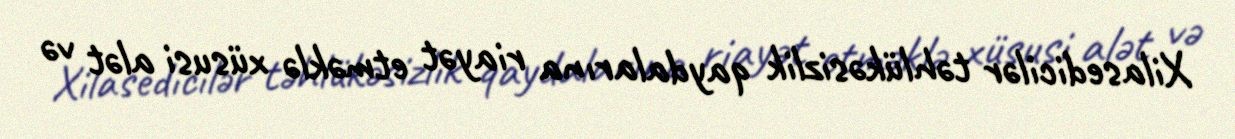
Xilasedicilər təhlükəsizlik qaydalarına riayət etməklə xüsusi alət və